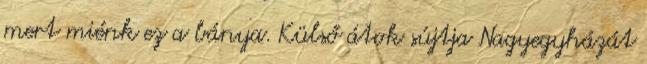
mert miénk ez a bánya. Külső átok sújtja Nagyegyházát